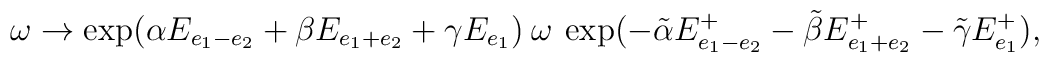
\omega \to \exp( \alpha E_{e_1-e_2}+\beta E_{e_1+e_2}+\gamma E_{e_1}) \>\omega\>\exp( -\tilde \alpha E_{e_1-e_2}^+-\tilde \beta E_{e_1+e_2}^+-\tilde \gamma E_{e_1}^+),